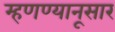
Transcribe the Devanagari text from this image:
म्हणण्यानूसार